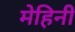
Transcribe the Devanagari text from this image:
मेहिनी